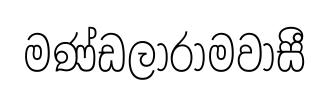
මණ්ඩලාරාමවාසී